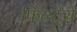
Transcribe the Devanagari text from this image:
फिल्देर्स